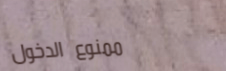
ممنوع الدخول